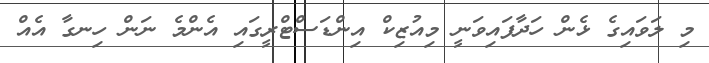
މި ލަވައިގެ ޅެން ހަދާފައިވަނީ މިއުޒިކް އިންޑަސްޓްރީގައި އެންމެ ނަން ހިނގާ އެއް